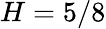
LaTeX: H=5/8